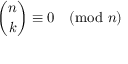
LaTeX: { \binom { n } { k } } \equiv 0 { \pmod { n } }